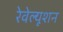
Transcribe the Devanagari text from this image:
रेवेल्यूशन